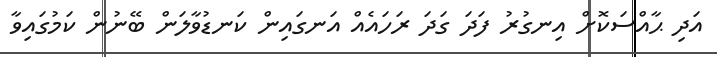
އަދި ޙާއްސަކޮށް އިނގުރު ފަދަ ގަދަ ރަހައެއް އަނގައިން ކަނޑުވާލަން ބޭނުން ކަމުގައިވާ